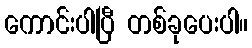
ကောင်းပါပြီ တစ်ခုပေးပါ။